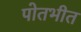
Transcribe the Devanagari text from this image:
पोतभीत